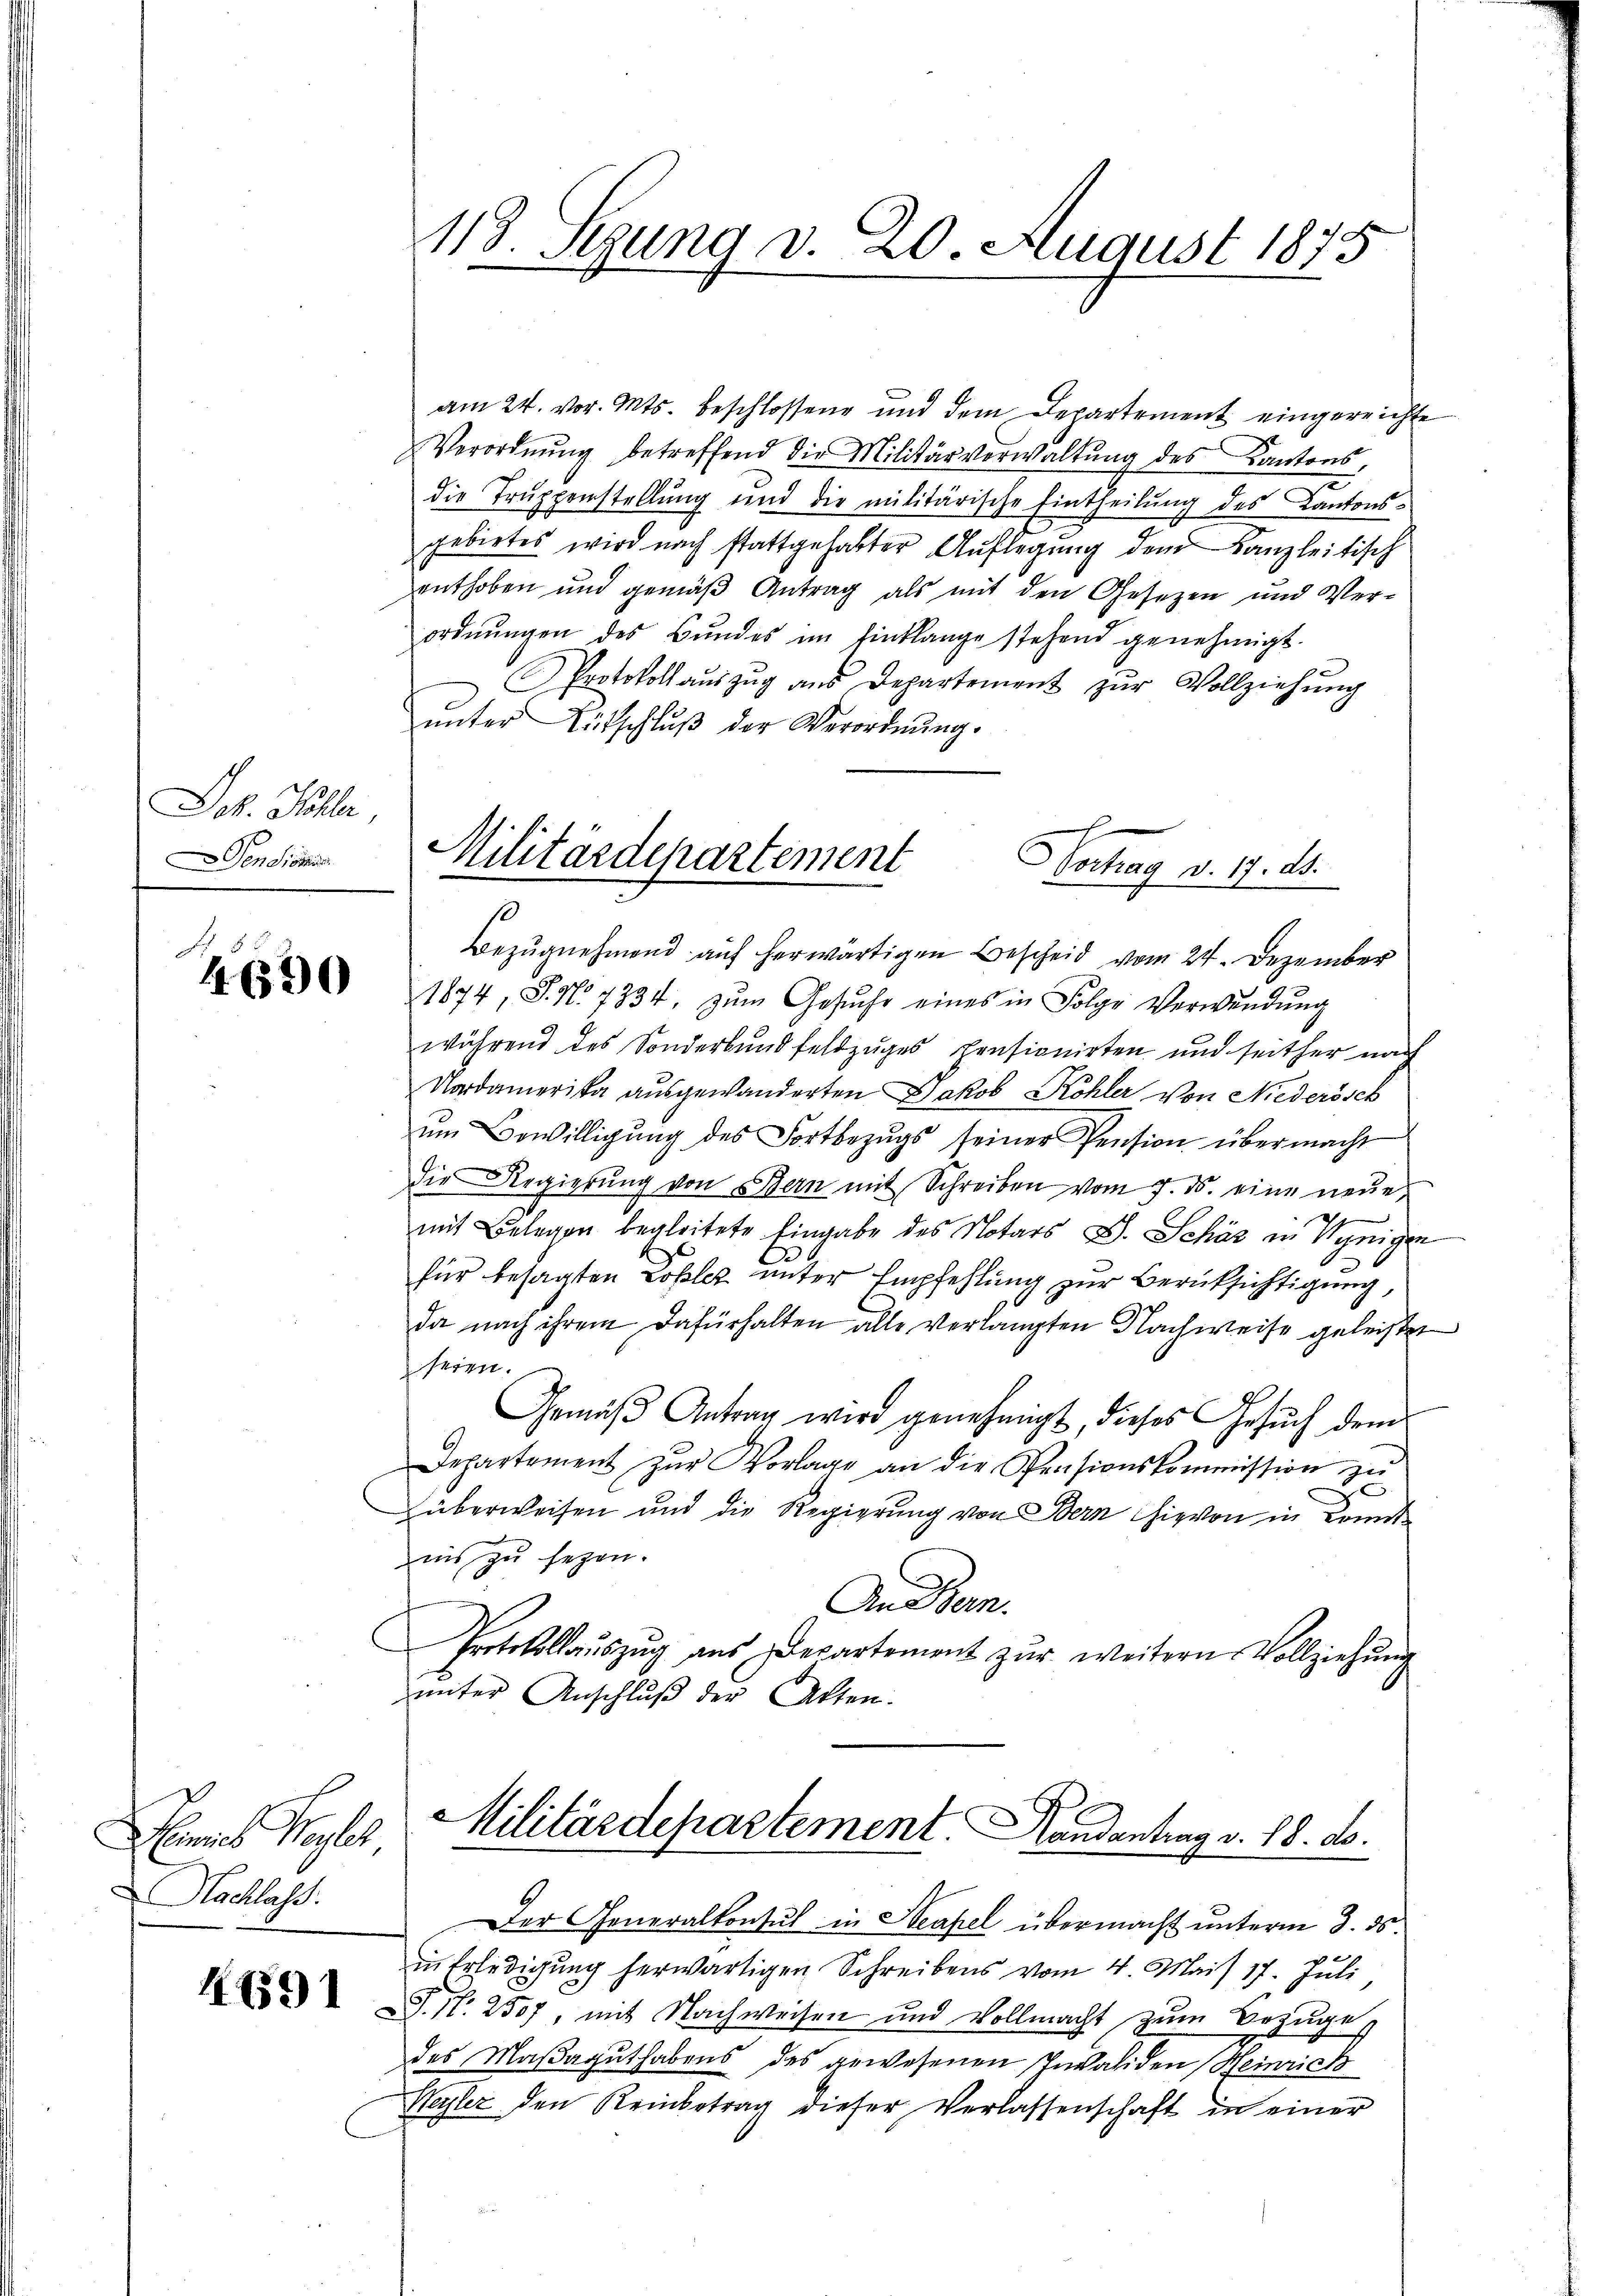
Joh. Kohler,
Den dieses

Auises Wegle
Nachlass

591

am 24. vor. Mts. beschlossene und dem Departement eingereichte
Verordnŭng betreffend die Militärverwaltŭng des Kantons,
die Truppenstellung und die militärische Eintheilŭng des Kantons-
gebietes wird nach stattgehabter Auflegung dem Kanzleitisch
enthoben und gemäß Antrag als mit den Gesezen und Verordnŭngen des Bŭndes im Einklange stehend genehmigt.
Protokoll aŭszŭg aŭs Departement zŭr Vollziehŭng
unter Bütschluß der Verordnung.

118. Sezung v. 20. August 1875

Militärdepartement
Vortrag v. 17. ds.
Bezŭgnehmend auf herwärtigen Bescheid vom 24. Dezember

1874 S. No 7334. zŭm Gesŭche eines in Folge Verwŭndŭng
während des Sonderbŭndfeldzŭges pensionirten und seither nach
Nordamerika ausgewanderten Jakob Köhler von Niederösch
ŭm Bewilligŭng des Fortbezŭgs seiner Pension übermacht
die Regierŭng von Bern mit Schreiben vom 7. ds. eine neŭe
mit Belegen begleitete Eingabe des Notars S. Schäz in Venigen
für besagten Losler unter Empfehlung zur Berücksichtigung,
da nach ihrem Dafürhalten alle verlangten Nachweise geleisten
seien.
Gemäß Antrag wird genehmigt, dieses Gesuch dem
Departement zur Vorlage an die Pensionskommission zu
2
überweisen und die Regierung von Bern hievon in konnt
ins zu sezen.
An Bern.
Protokollaŭszŭg ans Departement zŭr weitern Vollziehŭng
unter Anschluß der Akten.

Der Generalkonsul in Steapel übermacht unterm 3. ds.
in Erledigung herwärtigen Schreibens vom 4. Mais 17. Juli,
S. N. 2507, mit Nachweisen und Vollmacht zum Bezuges
des Maßaguthabens des gewesenen Invaliden Heinrich
Weyler den Reinbetrag dieser Verlassenschaft in einer

Militärdepartement. Handantrag v. 18. ds.